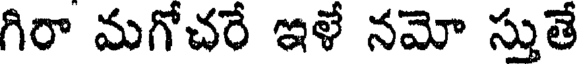
గిరా మగోచరే ఇళే నమో స్తుతే